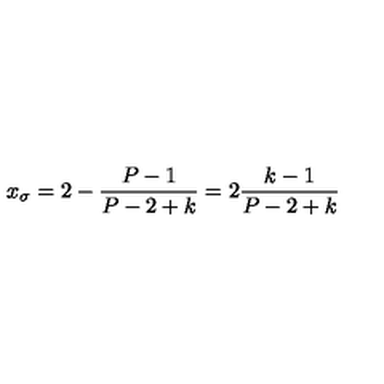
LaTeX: x _ { \sigma } = 2 - \frac { P - 1 } { P - 2 + k } = 2 \frac { k - 1 } { P - 2 + k }